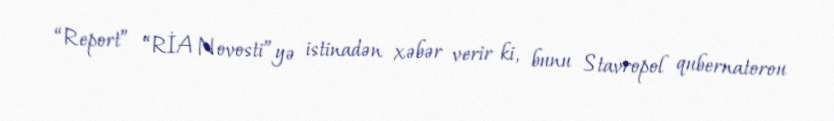
“Report” “RİA Novosti”yə istinadən xəbər verir ki, bunu Stavropol qubernatorou